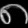
Digit: ၈